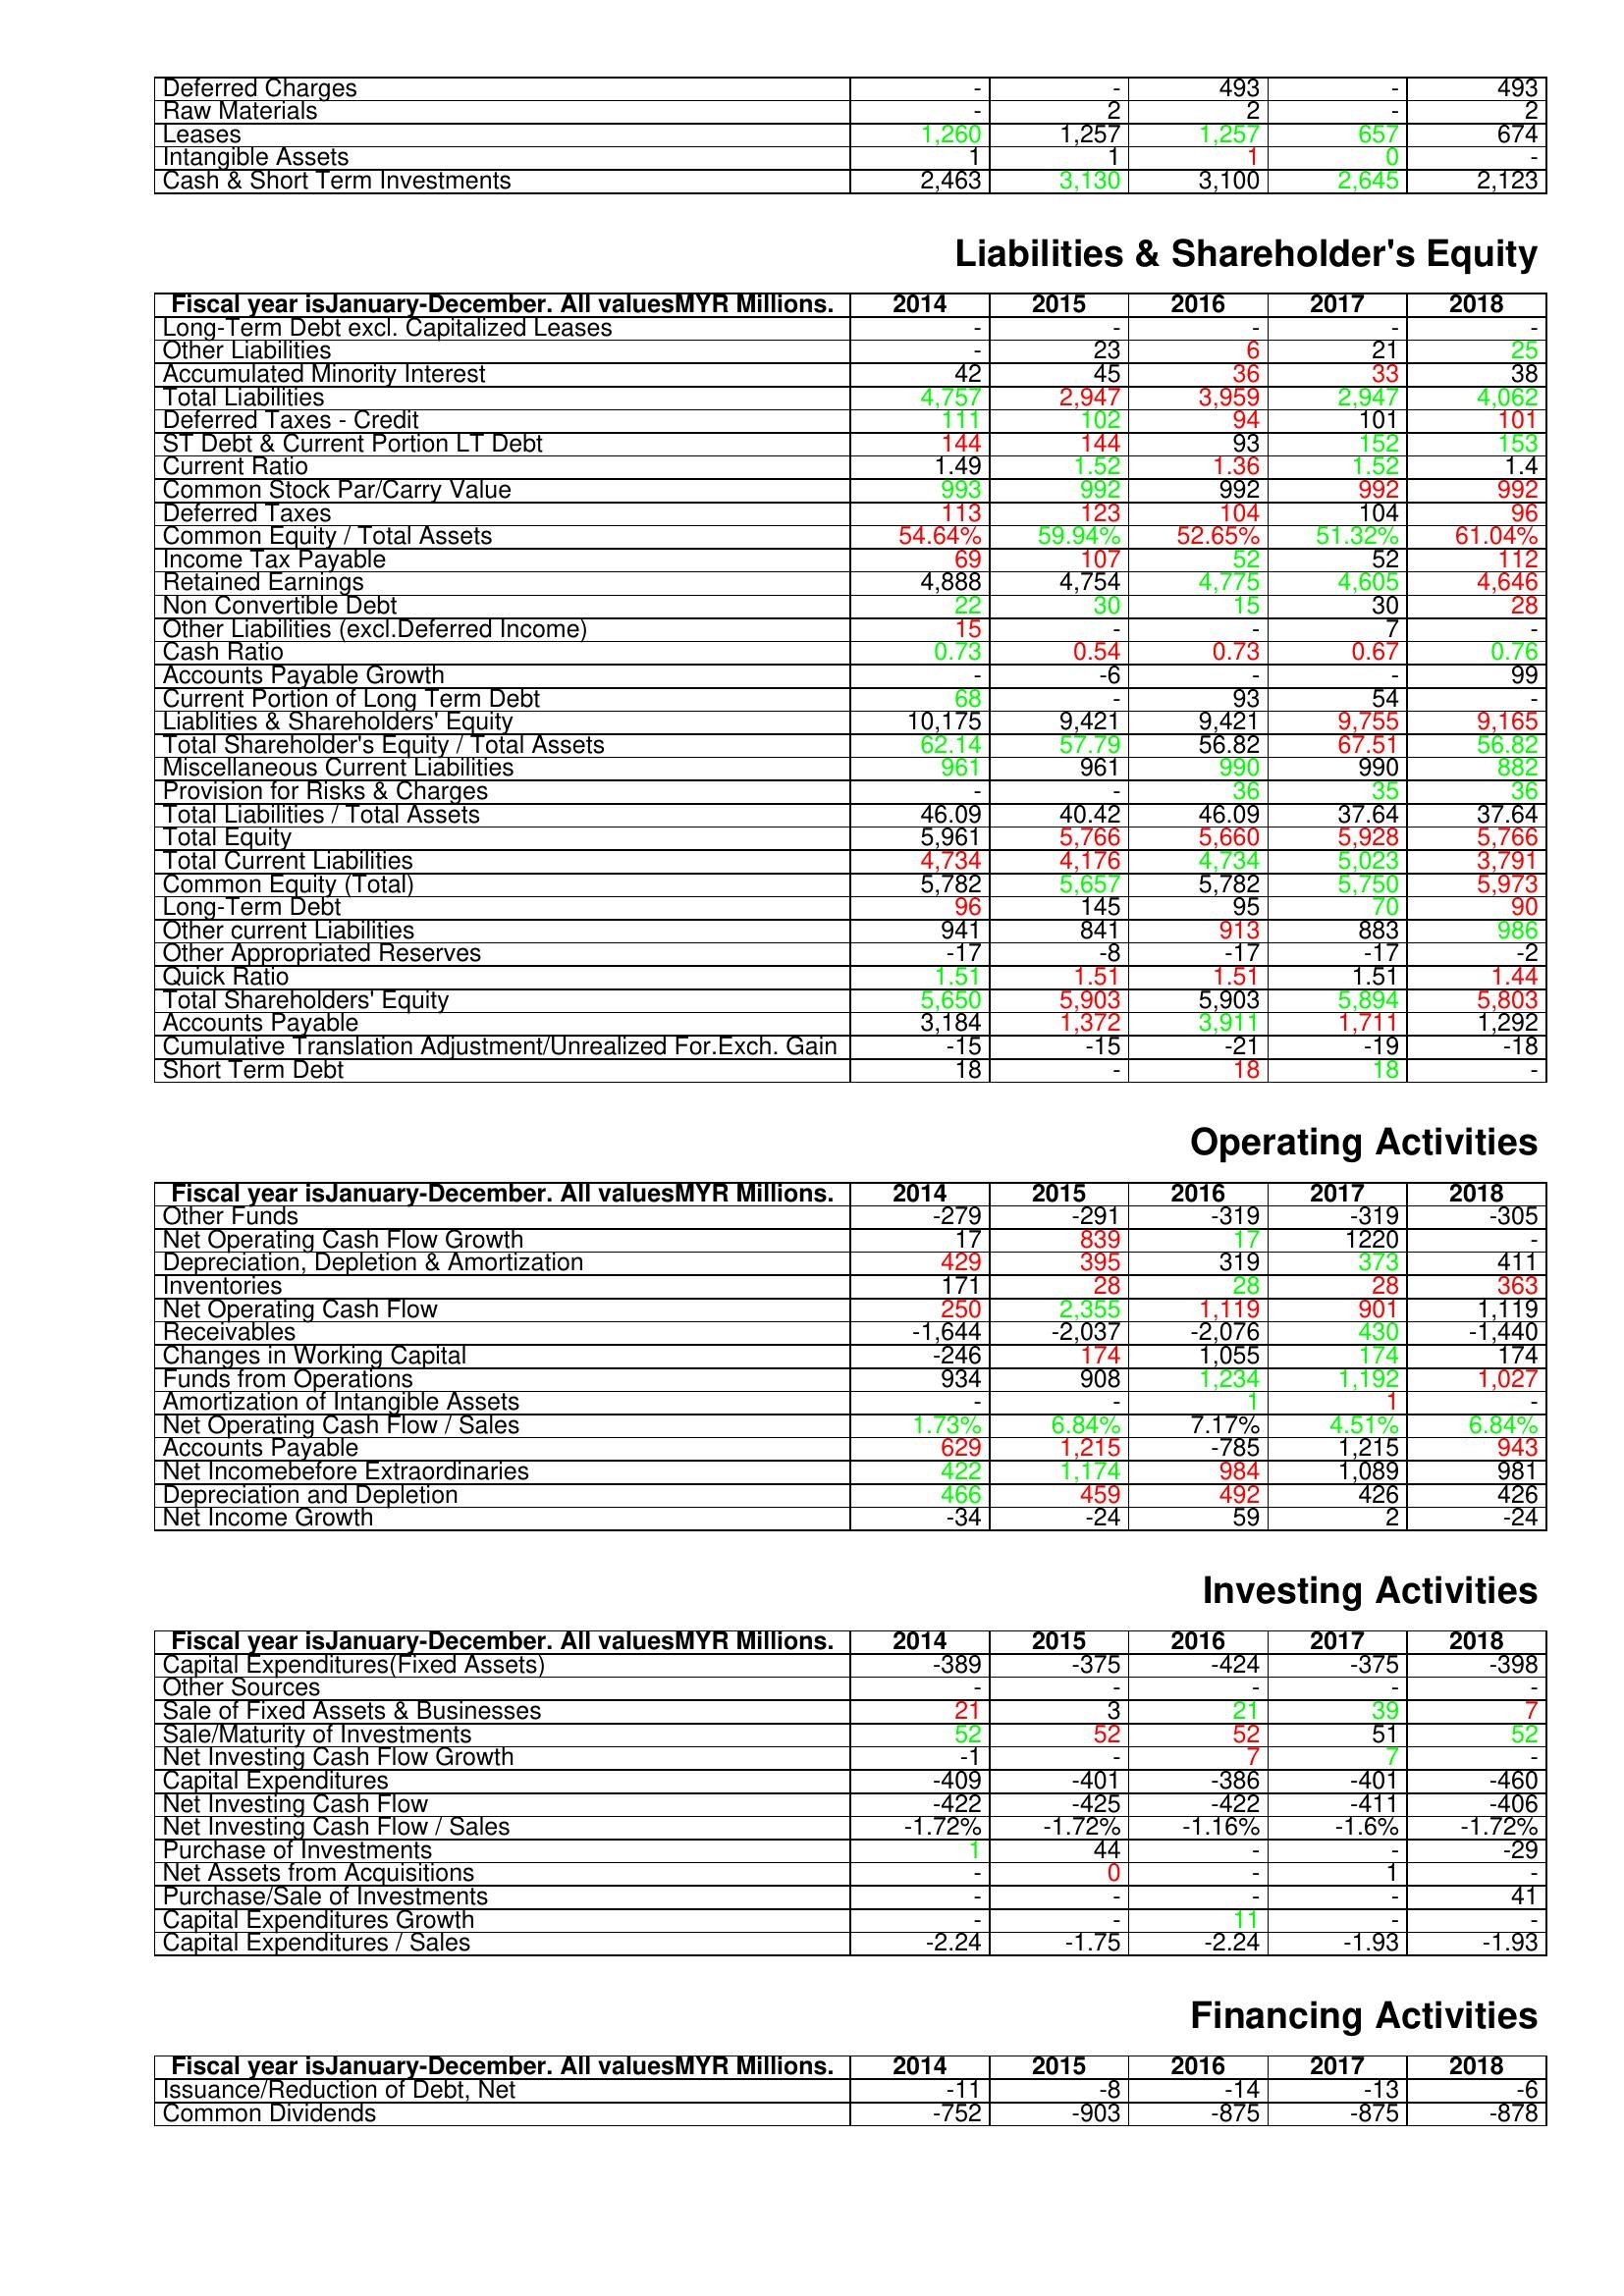
gt_parse: 2014: Assets: Deferred Charges: -
Raw Materials: -
Leases: 1,260
Intangible Assets: 1
Cash & Short Term Investments: 2,463
Liabilities & Shareholder's Equity: Long-Term Debt excl. Capitalized Leases: -
Other Liabilities: -
Accumulated Minority Interest: 42
Total Liabilities: 4,757
Deferred Taxes - Credit: 111
ST Debt & Current Portion LT Debt: 144
Current Ratio: 1.49
Common Stock Par/Carry Value: 993
Deferred Taxes: 113
Common Equity / Total Assets: 54.64%
Income Tax Payable: 69
Retained Earnings: 4,888
Non Convertible Debt: 22
Other Liabilities (excl.Deferred Income): 15
Cash Ratio: 0.73
Accounts Payable Growth: -
Current Portion of Long Term Debt: 68
Liablities & Shareholders' Equity: 10,175
Total Shareholder's Equity / Total Assets: 62.14
Miscellaneous Current Liabilities: 961
Provision for Risks & Charges: -
Total Liabilities / Total Assets: 46.09
Total Equity: 5,961
Total Current Liabilities: 4,734
Common Equity (Total): 5,782
Long-Term Debt: 96
Other current Liabilities: 941
Other Appropriated Reserves: -17
Quick Ratio: 1.51
Total Shareholders' Equity: 5,650
Accounts Payable: 3,184
Cumulative Translation Adjustment/Unrealized For.Exch. Gain: -15
Short Term Debt: 18
Operating Activities: Other Funds: -279
Net Operating Cash Flow Growth: 17
Depreciation, Depletion & Amortization: 429
Inventories: 171
Net Operating Cash Flow: 250
Receivables: -1,644
Changes in Working Capital: -246
Funds from Operations: 934
Amortization of Intangible Assets: -
Net Operating Cash Flow / Sales: 1.73%
Accounts Payable: 629
Net Incomebefore Extraordinaries: 422
Depreciation and Depletion: 466
Net Income Growth: -34
Investing Activities: Capital Expenditures(Fixed Assets): -389
Other Sources: -
Sale of Fixed Assets & Businesses: 21
Sale/Maturity of Investments: 52
Net Investing Cash Flow Growth: -1
Capital Expenditures: -409
Net Investing Cash Flow: -422
Net Investing Cash Flow / Sales: -1.72%
Purchase of Investments: 1
Net Assets from Acquisitions: -
Purchase/Sale of Investments: -
Capital Expenditures Growth: -
Capital Expenditures / Sales: -2.24
Financing Activities: Issuance/Reduction of Debt, Net: -11
Common Dividends: -752
2015: Assets: Deferred Charges: -
Raw Materials: 2
Leases: 1,257
Intangible Assets: 1
Cash & Short Term Investments: 3,130
Liabilities & Shareholder's Equity: Long-Term Debt excl. Capitalized Leases: -
Other Liabilities: 23
Accumulated Minority Interest: 45
Total Liabilities: 2,947
Deferred Taxes - Credit: 102
ST Debt & Current Portion LT Debt: 144
Current Ratio: 1.52
Common Stock Par/Carry Value: 992
Deferred Taxes: 123
Common Equity / Total Assets: 59.94%
Income Tax Payable: 107
Retained Earnings: 4,754
Non Convertible Debt: 30
Other Liabilities (excl.Deferred Income): -
Cash Ratio: 0.54
Accounts Payable Growth: -6
Current Portion of Long Term Debt: -
Liablities & Shareholders' Equity: 9,421
Total Shareholder's Equity / Total Assets: 57.79
Miscellaneous Current Liabilities: 961
Provision for Risks & Charges: -
Total Liabilities / Total Assets: 40.42
Total Equity: 5,766
Total Current Liabilities: 4,176
Common Equity (Total): 5,657
Long-Term Debt: 145
Other current Liabilities: 841
Other Appropriated Reserves: -8
Quick Ratio: 1.51
Total Shareholders' Equity: 5,903
Accounts Payable: 1,372
Cumulative Translation Adjustment/Unrealized For.Exch. Gain: -15
Short Term Debt: -
Operating Activities: Other Funds: -291
Net Operating Cash Flow Growth: 839
Depreciation, Depletion & Amortization: 395
Inventories: 28
Net Operating Cash Flow: 2,355
Receivables: -2,037
Changes in Working Capital: 174
Funds from Operations: 908
Amortization of Intangible Assets: -
Net Operating Cash Flow / Sales: 6.84%
Accounts Payable: 1,215
Net Incomebefore Extraordinaries: 1,174
Depreciation and Depletion: 459
Net Income Growth: -24
Investing Activities: Capital Expenditures(Fixed Assets): -375
Other Sources: -
Sale of Fixed Assets & Businesses: 3
Sale/Maturity of Investments: 52
Net Investing Cash Flow Growth: -
Capital Expenditures: -401
Net Investing Cash Flow: -425
Net Investing Cash Flow / Sales: -1.72%
Purchase of Investments: 44
Net Assets from Acquisitions: 0
Purchase/Sale of Investments: -
Capital Expenditures Growth: -
Capital Expenditures / Sales: -1.75
Financing Activities: Issuance/Reduction of Debt, Net: -8
Common Dividends: -903
2016: Assets: Deferred Charges: 493
Raw Materials: 2
Leases: 1,257
Intangible Assets: 1
Cash & Short Term Investments: 3,100
Liabilities & Shareholder's Equity: Long-Term Debt excl. Capitalized Leases: -
Other Liabilities: 6
Accumulated Minority Interest: 36
Total Liabilities: 3,959
Deferred Taxes - Credit: 94
ST Debt & Current Portion LT Debt: 93
Current Ratio: 1.36
Common Stock Par/Carry Value: 992
Deferred Taxes: 104
Common Equity / Total Assets: 52.65%
Income Tax Payable: 52
Retained Earnings: 4,775
Non Convertible Debt: 15
Other Liabilities (excl.Deferred Income): -
Cash Ratio: 0.73
Accounts Payable Growth: -
Current Portion of Long Term Debt: 93
Liablities & Shareholders' Equity: 9,421
Total Shareholder's Equity / Total Assets: 56.82
Miscellaneous Current Liabilities: 990
Provision for Risks & Charges: 36
Total Liabilities / Total Assets: 46.09
Total Equity: 5,660
Total Current Liabilities: 4,734
Common Equity (Total): 5,782
Long-Term Debt: 95
Other current Liabilities: 913
Other Appropriated Reserves: -17
Quick Ratio: 1.51
Total Shareholders' Equity: 5,903
Accounts Payable: 3,911
Cumulative Translation Adjustment/Unrealized For.Exch. Gain: -21
Short Term Debt: 18
Operating Activities: Other Funds: -319
Net Operating Cash Flow Growth: 17
Depreciation, Depletion & Amortization: 319
Inventories: 28
Net Operating Cash Flow: 1,119
Receivables: -2,076
Changes in Working Capital: 1,055
Funds from Operations: 1,234
Amortization of Intangible Assets: 1
Net Operating Cash Flow / Sales: 7.17%
Accounts Payable: -785
Net Incomebefore Extraordinaries: 984
Depreciation and Depletion: 492
Net Income Growth: 59
Investing Activities: Capital Expenditures(Fixed Assets): -424
Other Sources: -
Sale of Fixed Assets & Businesses: 21
Sale/Maturity of Investments: 52
Net Investing Cash Flow Growth: 7
Capital Expenditures: -386
Net Investing Cash Flow: -422
Net Investing Cash Flow / Sales: -1.16%
Purchase of Investments: -
Net Assets from Acquisitions: -
Purchase/Sale of Investments: -
Capital Expenditures Growth: 11
Capital Expenditures / Sales: -2.24
Financing Activities: Issuance/Reduction of Debt, Net: -14
Common Dividends: -875
2017: Assets: Deferred Charges: -
Raw Materials: -
Leases: 657
Intangible Assets: 0
Cash & Short Term Investments: 2,645
Liabilities & Shareholder's Equity: Long-Term Debt excl. Capitalized Leases: -
Other Liabilities: 21
Accumulated Minority Interest: 33
Total Liabilities: 2,947
Deferred Taxes - Credit: 101
ST Debt & Current Portion LT Debt: 152
Current Ratio: 1.52
Common Stock Par/Carry Value: 992
Deferred Taxes: 104
Common Equity / Total Assets: 51.32%
Income Tax Payable: 52
Retained Earnings: 4,605
Non Convertible Debt: 30
Other Liabilities (excl.Deferred Income): 7
Cash Ratio: 0.67
Accounts Payable Growth: -
Current Portion of Long Term Debt: 54
Liablities & Shareholders' Equity: 9,755
Total Shareholder's Equity / Total Assets: 67.51
Miscellaneous Current Liabilities: 990
Provision for Risks & Charges: 35
Total Liabilities / Total Assets: 37.64
Total Equity: 5,928
Total Current Liabilities: 5,023
Common Equity (Total): 5,750
Long-Term Debt: 70
Other current Liabilities: 883
Other Appropriated Reserves: -17
Quick Ratio: 1.51
Total Shareholders' Equity: 5,894
Accounts Payable: 1,711
Cumulative Translation Adjustment/Unrealized For.Exch. Gain: -19
Short Term Debt: 18
Operating Activities: Other Funds: -319
Net Operating Cash Flow Growth: 1220
Depreciation, Depletion & Amortization: 373
Inventories: 28
Net Operating Cash Flow: 901
Receivables: 430
Changes in Working Capital: 174
Funds from Operations: 1,192
Amortization of Intangible Assets: 1
Net Operating Cash Flow / Sales: 4.51%
Accounts Payable: 1,215
Net Incomebefore Extraordinaries: 1,089
Depreciation and Depletion: 426
Net Income Growth: 2
Investing Activities: Capital Expenditures(Fixed Assets): -375
Other Sources: -
Sale of Fixed Assets & Businesses: 39
Sale/Maturity of Investments: 51
Net Investing Cash Flow Growth: 7
Capital Expenditures: -401
Net Investing Cash Flow: -411
Net Investing Cash Flow / Sales: -1.6%
Purchase of Investments: -
Net Assets from Acquisitions: 1
Purchase/Sale of Investments: -
Capital Expenditures Growth: -
Capital Expenditures / Sales: -1.93
Financing Activities: Issuance/Reduction of Debt, Net: -13
Common Dividends: -875
2018: Assets: Deferred Charges: 493
Raw Materials: 2
Leases: 674
Intangible Assets: -
Cash & Short Term Investments: 2,123
Liabilities & Shareholder's Equity: Long-Term Debt excl. Capitalized Leases: -
Other Liabilities: 25
Accumulated Minority Interest: 38
Total Liabilities: 4,062
Deferred Taxes - Credit: 101
ST Debt & Current Portion LT Debt: 153
Current Ratio: 1.4
Common Stock Par/Carry Value: 992
Deferred Taxes: 96
Common Equity / Total Assets: 61.04%
Income Tax Payable: 112
Retained Earnings: 4,646
Non Convertible Debt: 28
Other Liabilities (excl.Deferred Income): -
Cash Ratio: 0.76
Accounts Payable Growth: 99
Current Portion of Long Term Debt: -
Liablities & Shareholders' Equity: 9,165
Total Shareholder's Equity / Total Assets: 56.82
Miscellaneous Current Liabilities: 882
Provision for Risks & Charges: 36
Total Liabilities / Total Assets: 37.64
Total Equity: 5,766
Total Current Liabilities: 3,791
Common Equity (Total): 5,973
Long-Term Debt: 90
Other current Liabilities: 986
Other Appropriated Reserves: -2
Quick Ratio: 1.44
Total Shareholders' Equity: 5,803
Accounts Payable: 1,292
Cumulative Translation Adjustment/Unrealized For.Exch. Gain: -18
Short Term Debt: -
Operating Activities: Other Funds: -305
Net Operating Cash Flow Growth: -
Depreciation, Depletion & Amortization: 411
Inventories: 363
Net Operating Cash Flow: 1,119
Receivables: -1,440
Changes in Working Capital: 174
Funds from Operations: 1,027
Amortization of Intangible Assets: -
Net Operating Cash Flow / Sales: 6.84%
Accounts Payable: 943
Net Incomebefore Extraordinaries: 981
Depreciation and Depletion: 426
Net Income Growth: -24
Investing Activities: Capital Expenditures(Fixed Assets): -398
Other Sources: -
Sale of Fixed Assets & Businesses: 7
Sale/Maturity of Investments: 52
Net Investing Cash Flow Growth: -
Capital Expenditures: -460
Net Investing Cash Flow: -406
Net Investing Cash Flow / Sales: -1.72%
Purchase of Investments: -29
Net Assets from Acquisitions: -
Purchase/Sale of Investments: 41
Capital Expenditures Growth: -
Capital Expenditures / Sales: -1.93
Financing Activities: Issuance/Reduction of Debt, Net: -6
Common Dividends: -878